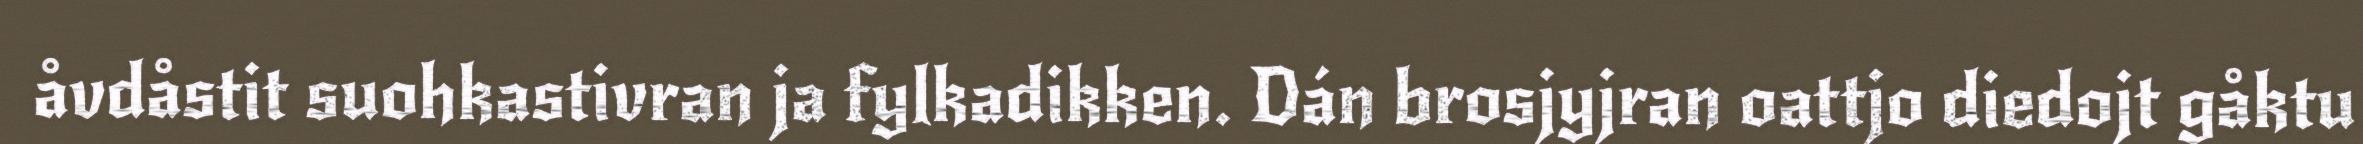
åvdåstit suohkastivran ja fylkadikken. Dán brosjyjran oattjo diedojt gåktu